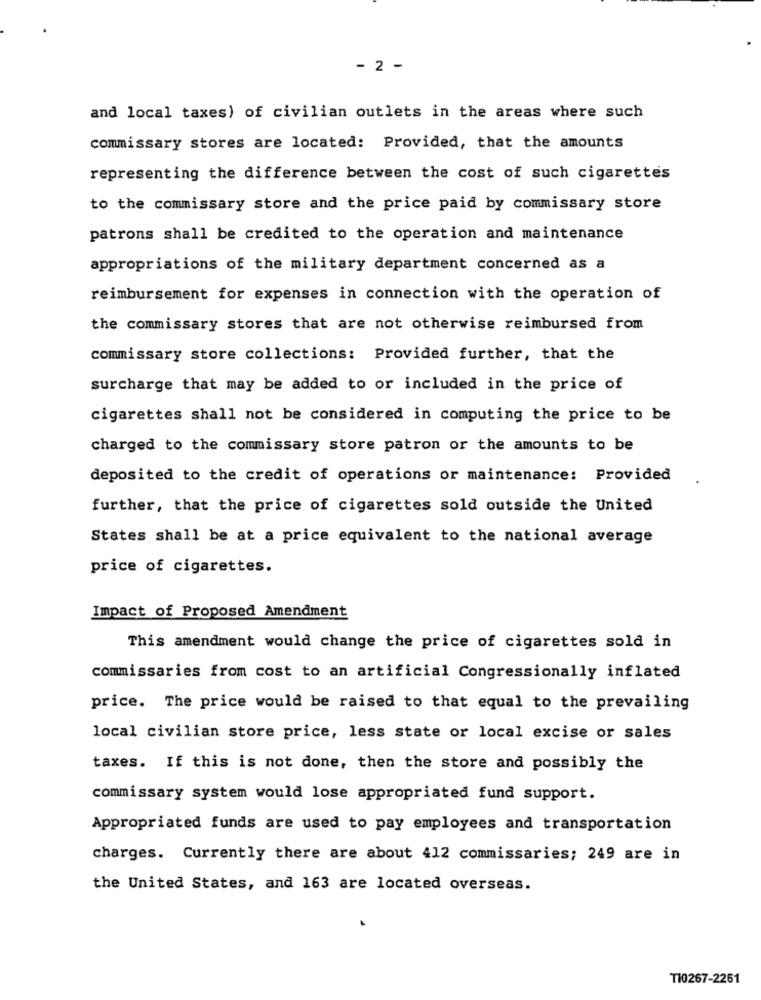
- 2 -
and local taxes) of civilian outlets in the areas where such
commissary stores are located: Provided, that the amounts
representing the difference between the cost of such cigarettes
to the commissary store and the price paid by commissary store
patrons shall be credited to the operation and maintenance
appropriations of the military department concerned as a
reimbursement for expenses in connection with the operation of
the commissary stores that are not otherwise reimbursed from
commissary store collections: Provided further, that the
surcharge that may be added to or included in the price of
cigarettes shall not be considered in computing the price to be
charged to the commissary store patron or the amounts to be
deposited to the credit of operations or maintenance: Provided
further, that the price of cigarettes sold outside the United
States shall be at a price equivalent to the national average
price of cigarettes.
Impact of Proposed Amendment
This amendment would change the price of cigarettes sold in
commissaries from cost to an artificial Congressionally inflated
price. The price would be raised to that equal to the prevailing
local civilian store price, less state or local excise or sales
taxes. If this is not done, then the store and possibly the
commissary system would lose appropriated fund support.
Appropriated funds are used to pay employees and transportation
charges. Currently there are about 412 commissaries; 249 are in
the United States, and 163 are located overseas.
T10267-2261